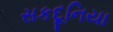
સકદૂનિયા